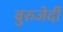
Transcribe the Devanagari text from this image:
बुरुजेर्दी